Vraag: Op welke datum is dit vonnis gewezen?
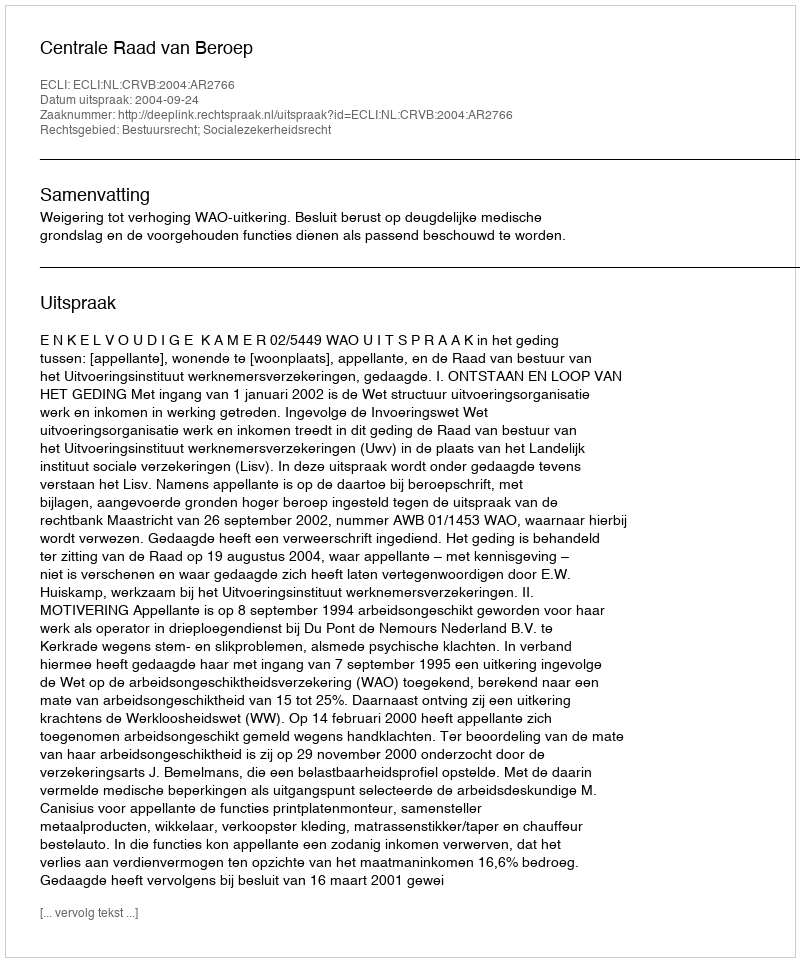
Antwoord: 2004-09-24